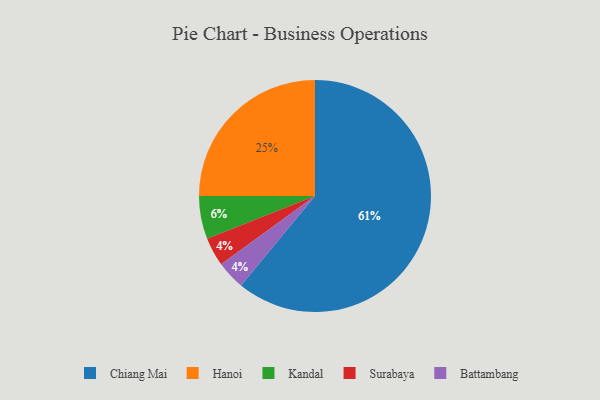
{"axis": {"x": "Category", "y": "Percentage"}, "legend": ["Battambang", "Chiang Mai", "Hanoi", "Kandal", "Surabaya"], "data": [{"x": "Chiang Mai", "y": 61, "type": "Chiang Mai"}, {"x": "Surabaya", "y": 4, "type": "Surabaya"}, {"x": "Hanoi", "y": 25, "type": "Hanoi"}, {"x": "Kandal", "y": 6, "type": "Kandal"}, {"x": "Battambang", "y": 4, "type": "Battambang"}]}